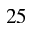
^ { 2 5 }